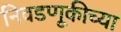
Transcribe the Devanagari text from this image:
निवडणूकीच्या